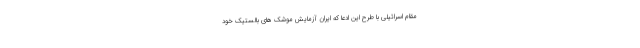
مقام اسرائیلی با طرح این ادعا که ایران آزمایش موشک های بالستیک خود